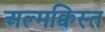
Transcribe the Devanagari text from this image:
अल्मक्विस्त